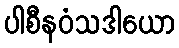
ပါစီနဝံသဒါယော